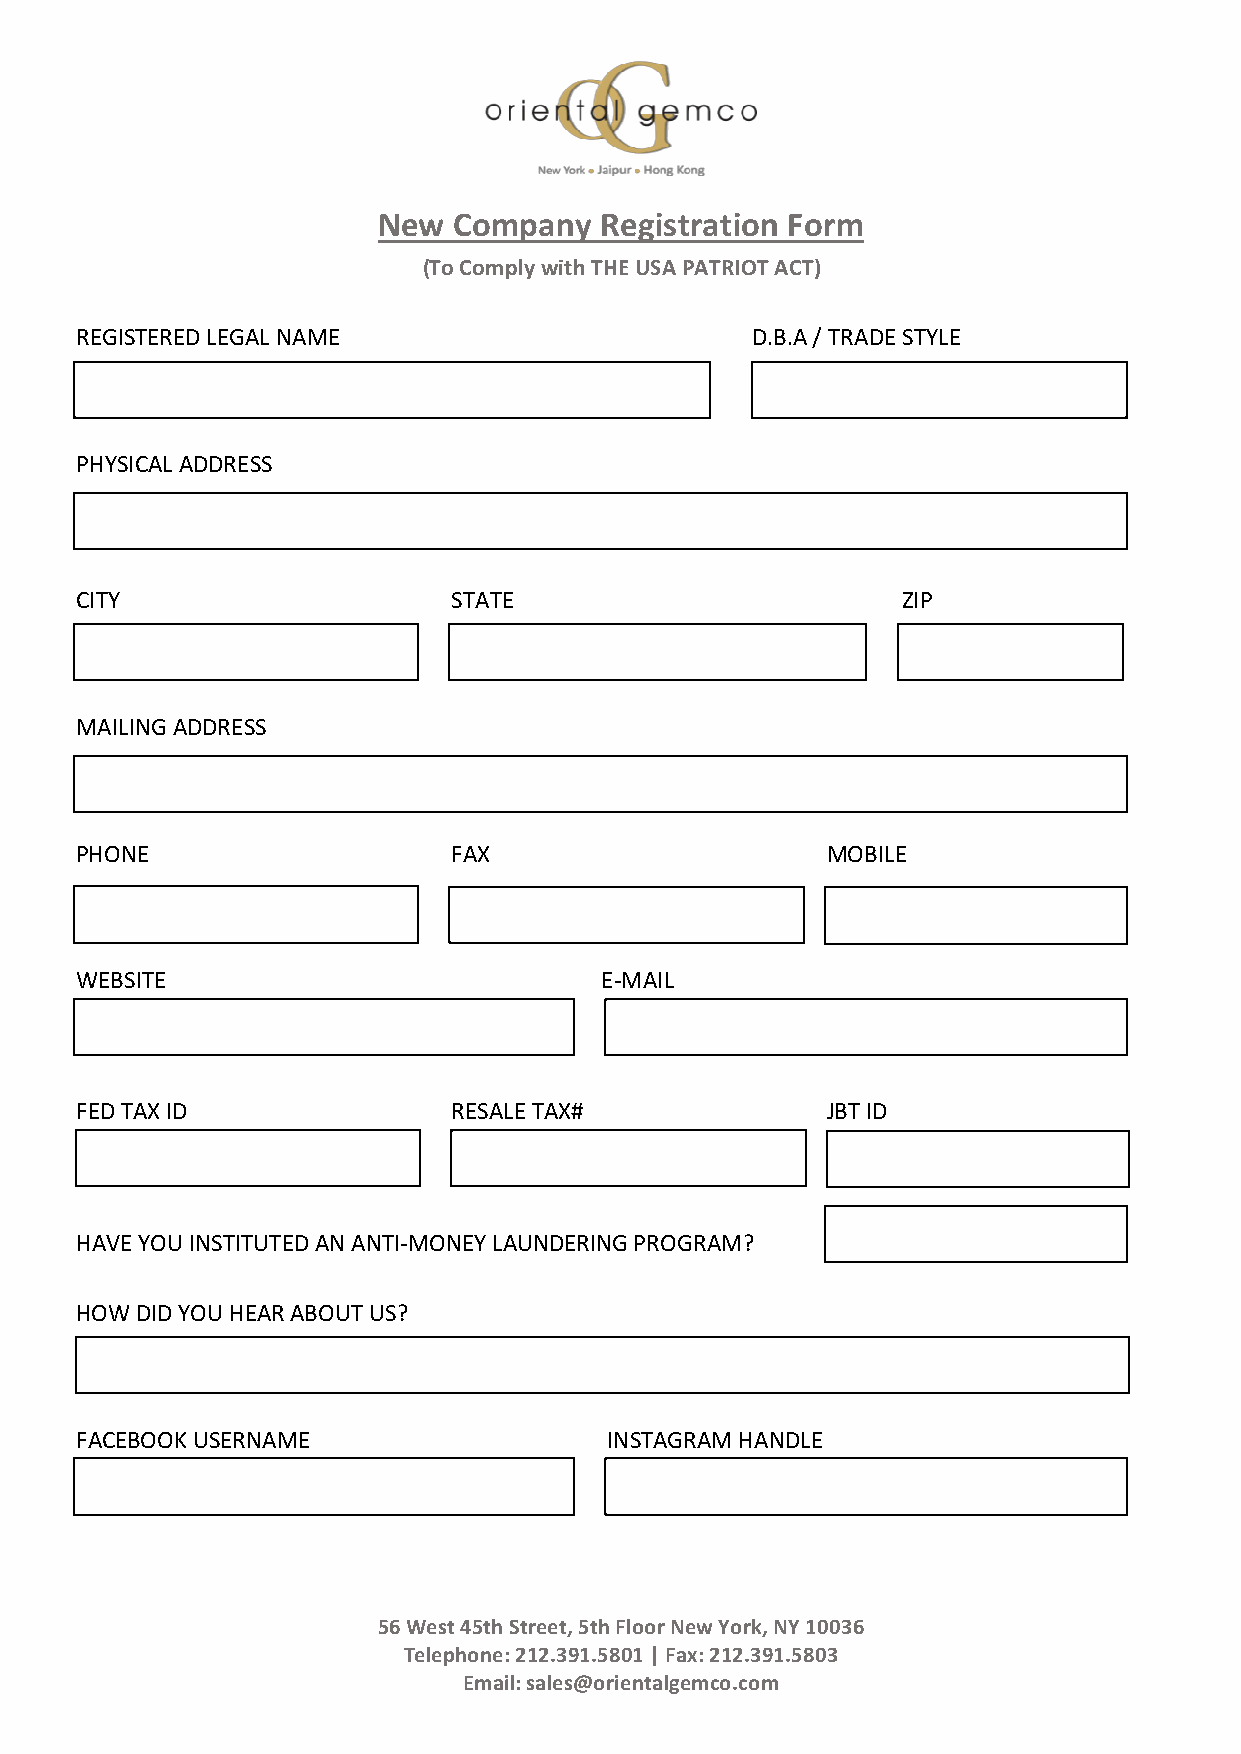
New  Company   Registration Form
 (To Comply with THE USA PATRIOT ACT)
 REGISTERED LEGAL NAME                        D.B.A / TRADE STYLE
 PHYSICAL ADDRESS
 CITY                     STATE                         ZIP
 MAILING ADDRESS
 PHONE                    FAX                      MOBILE
 WEBSITE                            E-MAIL
 FED TAX ID               RESALE TAX#              JBT ID
 HAVE YOU INSTITUTED AN ANTI-MONEY LAUNDERING PROGRAM?
 HOW DID YOU HEAR ABOUT US?
 FACEBOOK USERNAME                  INSTAGRAM HANDLE
 56 West 45th Street, 5th Floor New York, NY 10036
 Telephone: 212.391.5801 | Fax: 212.391.5803
 Email: sales@orientalgemco.com